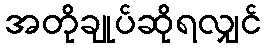
အတိုချုပ်ဆိုရလျှင်